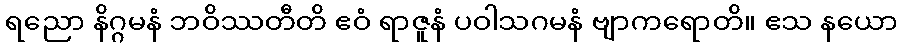
ရညော နိဂ္ဂမနံ ဘဝိဿတီတိ ဧဝံ ရာဇူနံ ပဝါသဂမနံ ဗျာကရောတိ။ ဧသ နယော